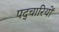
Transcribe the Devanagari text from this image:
पद्चारियों